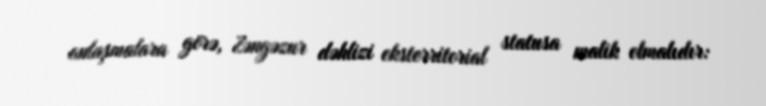
anlaşmalara görə, Zəngəzur dəhlizi eksterritorial statusa malik olmalıdır: